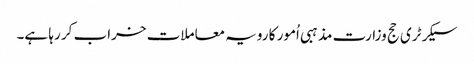
سیکرٹری حج وزارت مذہبی اُمور کا رویہ معاملات خراب کر رہا ہے۔